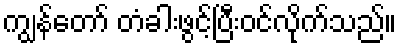
ကျွန်တော် တံခါးဖွင့်ပြီးဝင်လိုက်သည်။